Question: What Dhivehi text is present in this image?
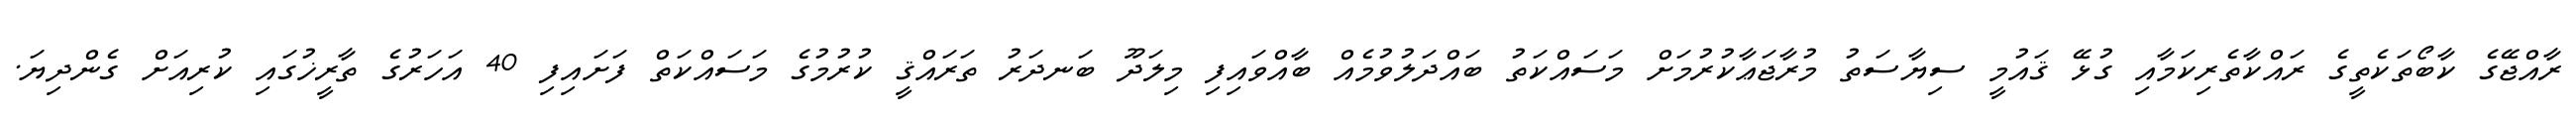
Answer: ރާއްޖޭގެ ކާބޯތަކެތީގެ ރައްކާތެރިކަމާއި ގުޅޭ ޤައުމީ ސިޔާސަތު މުރާޖަޢާކުރުމަށް މަސައްކަތު ބައްދަލުވުމެއް ބާއްވައިފި މިލަދޫ ބަނދަރު ތަރައްޤީ ކުރުމުގެ މަސައްކަތް ފަށައިފި 40 އަހަރުގެ ތާރީޚުގައި ކުރިއަށް ގެންދިޔަ.